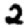
Digit: 2